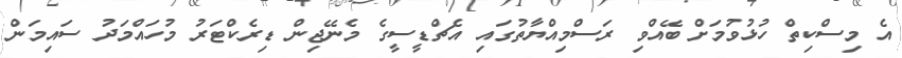
އެ މިސްކިތް ހުޅުވުމަށް ބޭއްވި ރަސްމިއްޔާތުގައި އެޗްޑީސީގެ މެނޭޖިން ޑިރެކްޓަރު މުހައްމަދު ސައިމަން